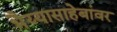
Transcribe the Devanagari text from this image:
भैय्यासाहेबांवर